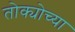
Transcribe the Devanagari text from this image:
तोक्योच्या